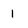
Character: 1